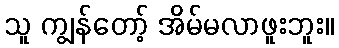
သူ ကျွန်တော့် အိမ်မလာဖူးဘူး။